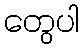
တွေပါ